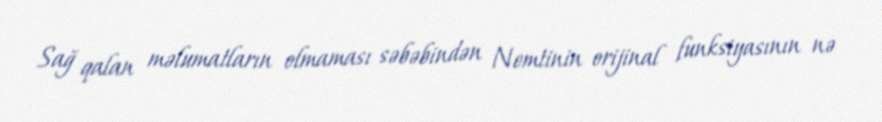
Sağ qalan məlumatların olmaması səbəbindən Nemtinin orijinal funksiyasının nə